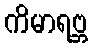
ကိမာရဗ္ဘ